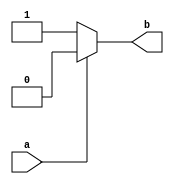
module test(
input a,
output reg b);
always @(*)
begin
    if(a) b = 1'b0;
    else b = 1'b1;
end
endmodule